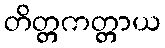
တိတ္တကတ္တာယ